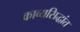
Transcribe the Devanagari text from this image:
काव्यसिद्धांत